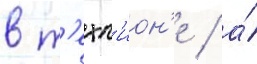
в т'ехн'ион'е / а́